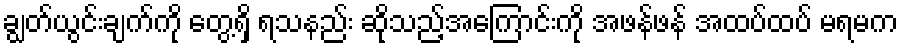
ချွတ်ယွင်းချက်ကို တွေ့ရှိ ရသနည်း ဆိုသည့်အကြောင်းကို အဖန်ဖန် အထပ်ထပ် မရမက